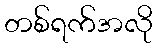
တစ်ရက်အလို